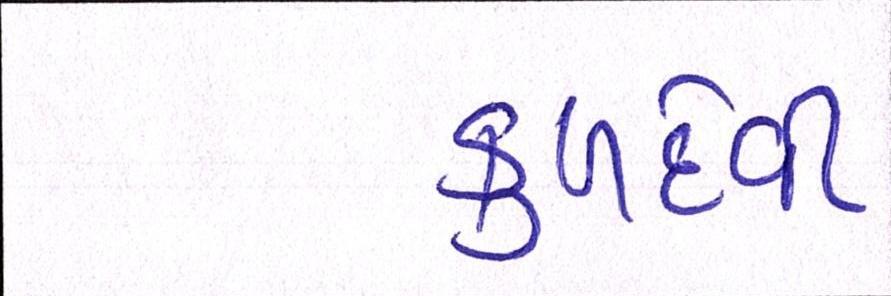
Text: કુળદેવી